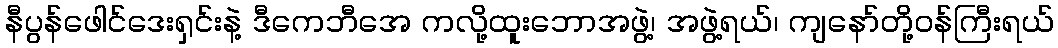
နီပွန်ဖေါင်ဒေးရှင်းနဲ့ ဒီကေဘီအေ ကလို့ထူးဘောအဖွဲ့၊ အဖွဲ့ရယ်၊ ကျနော်တို့ဝန်ကြီးရယ်